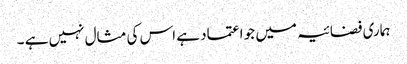
ہماری فضائیہ میں جو اعتماد ہے اس کی مثال نہیں ہے ۔